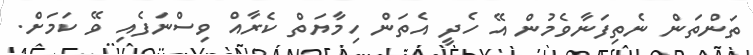
ތަންތަން ނެތިފަނާވެމުން އޭ ހެދީ އެތަން ހިމާޔަތް ކެރާއް ވިސްނަފެއި ވޭ ކަމަށް.